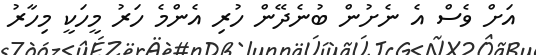
އަށް ވެސް އެ ނެށުން ބުނެދޭން ހުރި އެންމެ ހަރު މީހަކީ މިހާރު